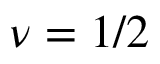
\nu = 1 / 2